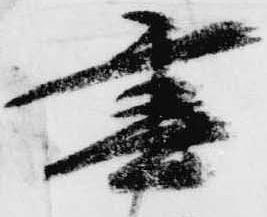
宰